Indian journal of veterinary science and animal husbandry - Volume 1,
Year: 1931
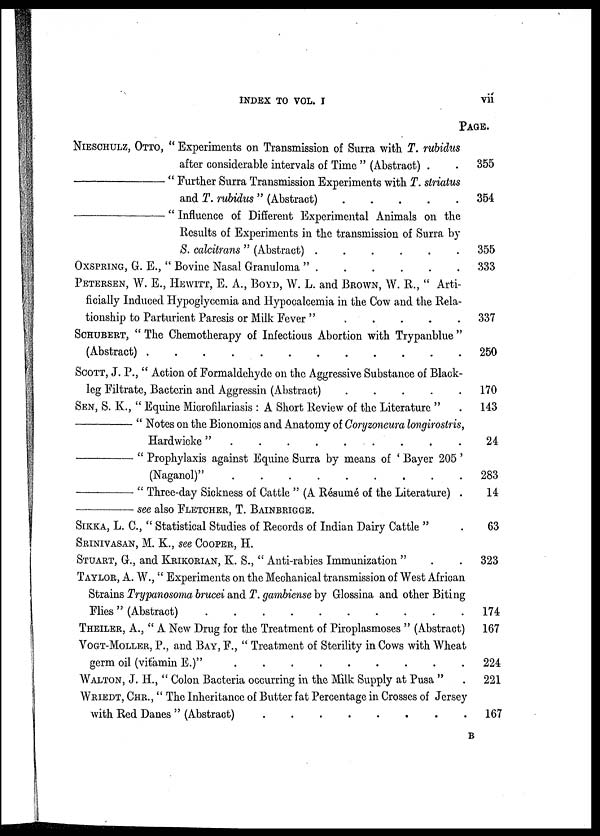
INDEX TO VOL. I
vii
NIESCHULZ, OTTO, " Experiments on Transmission of Surra with T. rubidus
after considerable intervals of Time " (Abstract) . .
—"
Further Surra Transmission Experiments with T. striatus
and T. rubidus " (Abstract)
—"
Influence of Different Experimental Animals on the
Results of Experiments in the transmission of Surra by
S. calcitrans " (Abstract)
......
OXSPRING, G. E., " Bovine Nasal Granuloma "
PETERSEN, W. E., HEWITT, E. A., BOYD, W. L. and BROWN, W. R., " Arti-
ficially Induced Hypoglycemia and Hypocalcemia in the Cow and the Rela-
tionship to Parturient Paresis or Milk Fever " . . . . .
SCHUBERT, " The Chemotherapy of Infectious Abortion with Trypanblue "
(Abstract)
SCOTT, J. P., " Action of Formaldehyde on the Aggressive Substance of Black-
leg Filtrate, Bacterin and Aggressin (Abstract)
.
.
.
.
.
SEN, S. K., " Equine Microfilariasis : A Short Review of the Literature " .
—"
Notes on the Bionomics and Anatomy of Coryzoneura longirostris,
Hardwicke ".
.
.
.
.
.
.
.
.
—"
Prophylaxis against Equine Surra by means of ' Bayer 205 '
(Naganol)"
—" Three-day
Sickness
of
Cattle"
(
A
Résumé
of
the
Literature)
.
—
see
also
FLETCHER,
T
.
BAINBRIGGE.
SIKKA, L. C, " Statistical Studies of Records of Indian Dairy Cattle "
SRINIVASAN, M. K., see COOPER, H.
STUART, G., and KRIKORIAN, K. S., " Anti-rabies Immunization "
TAYLOR, A. W., " Experiments on the Mechanical transmission of West African
Strains Trypanosoma brucei and T. gambiense by Glossina and other Biting
Flies " (Abstract)
THEILER, A., " A New Drug for the Treatment of Piroplasmoses " (Abstract)
VOGT-MOLLER,
P., and BAY, F., " Treatment of Sterility in Cows with Wheat
germ oil (vitamin E.)"
.........
WALTON, J. H., " Colon Bacteria occurring in the Milk Supply at Pusa "
WRIEDT, CHR., " The Inheritance of Butter fat Percentage in Crosses of Jersey
with Red Danes " (Abstract)
PAGE.
355
354
355
333
337
250
170
143
24
283
14
63
323
174
167
224
221
167
B